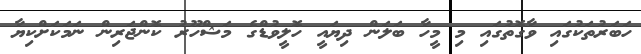
ހަބަރުތަކުގައި ވާގޮތުގައި މި މީހާ ބަލަން ދިޔައީ ހޮލީވުޑްގެ މަޝްހޫރު ކޮންޖަރިން ނަމަކަށްކިޔާ